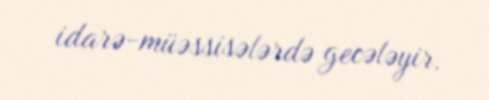
idarə-müəssisələrdə gecələyir.